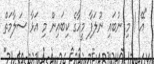
"އޭ ! މި ނުބައި ނުލަފާ މީހާގެ ކިބައިން މި އަޅާ ސަލާމަތް